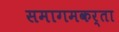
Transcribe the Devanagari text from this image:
समागमकर्ता